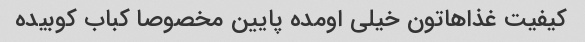
کیفیت غذاهاتون خیلی اومده پایین مخصوصا کباب کوبیده